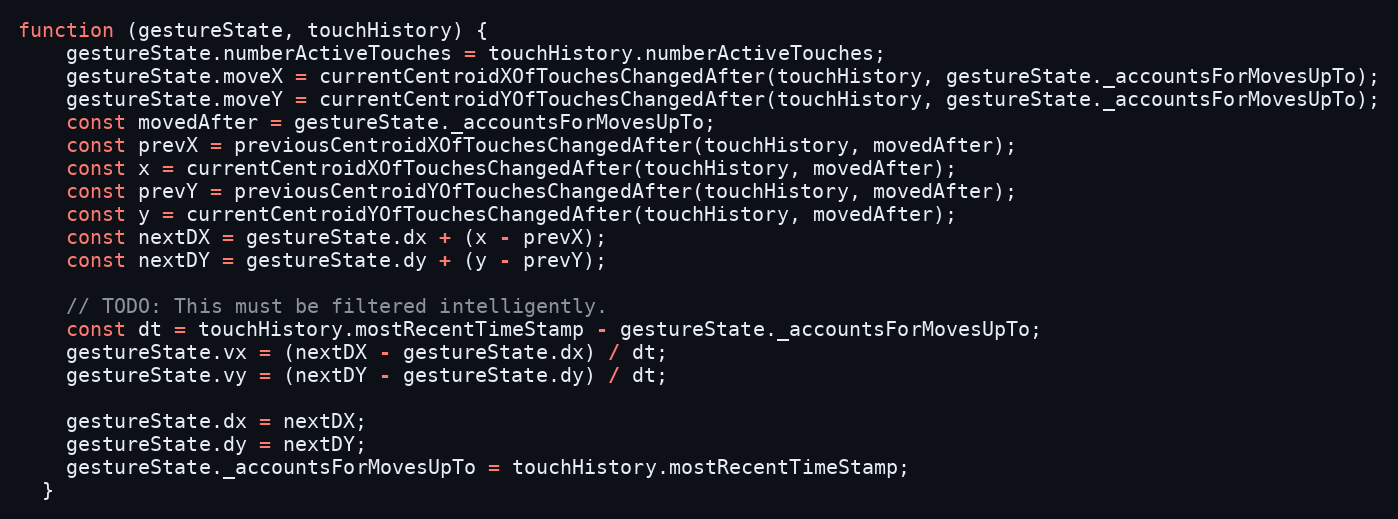
Language: JavaScript
function (gestureState, touchHistory) {
    gestureState.numberActiveTouches = touchHistory.numberActiveTouches;
    gestureState.moveX = currentCentroidXOfTouchesChangedAfter(touchHistory, gestureState._accountsForMovesUpTo);
    gestureState.moveY = currentCentroidYOfTouchesChangedAfter(touchHistory, gestureState._accountsForMovesUpTo);
    const movedAfter = gestureState._accountsForMovesUpTo;
    const prevX = previousCentroidXOfTouchesChangedAfter(touchHistory, movedAfter);
    const x = currentCentroidXOfTouchesChangedAfter(touchHistory, movedAfter);
    const prevY = previousCentroidYOfTouchesChangedAfter(touchHistory, movedAfter);
    const y = currentCentroidYOfTouchesChangedAfter(touchHistory, movedAfter);
    const nextDX = gestureState.dx + (x - prevX);
    const nextDY = gestureState.dy + (y - prevY);

    // TODO: This must be filtered intelligently.
    const dt = touchHistory.mostRecentTimeStamp - gestureState._accountsForMovesUpTo;
    gestureState.vx = (nextDX - gestureState.dx) / dt;
    gestureState.vy = (nextDY - gestureState.dy) / dt;

    gestureState.dx = nextDX;
    gestureState.dy = nextDY;
    gestureState._accountsForMovesUpTo = touchHistory.mostRecentTimeStamp;
  }